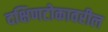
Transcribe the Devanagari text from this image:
दक्षिणटोकावरील